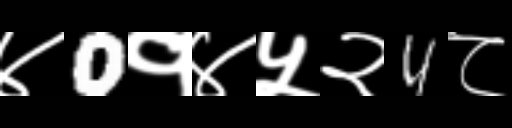
Text: ४0१४५२4८